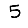
Digit: 5